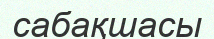
сабақшасы